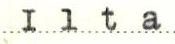
Ilta